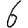
Digit: 6